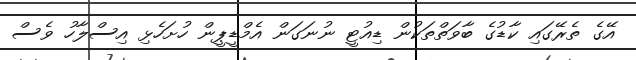
އޭގެ ތެރޭގައި ކާޑުގެ ބާވަތްތަކުން ޑިއުޓީ ނުނަގަން އެމްޑީޕީން ހުށަހެޅި އިސްލާހު ވެސް